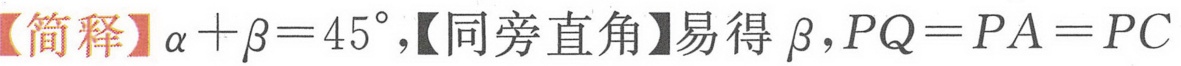
【简释】$\alpha+\beta = 45^{\circ}$，【同旁直角】易得$\beta$，$PQ = PA = PC$